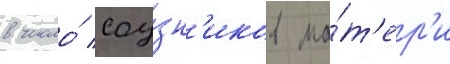
в число́ соу́зн'иков ма́т'ер'и